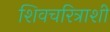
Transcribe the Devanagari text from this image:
शिवचरित्राशी